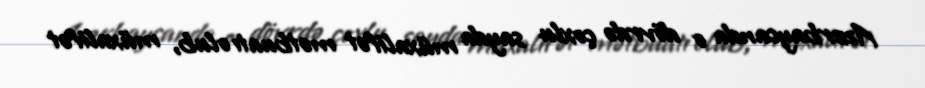
Azərbaycanda o dövrdə çoxlu sayda müxalifət mətbuatı olub, müxalifət